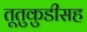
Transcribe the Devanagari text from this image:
तूतुकुडीसह